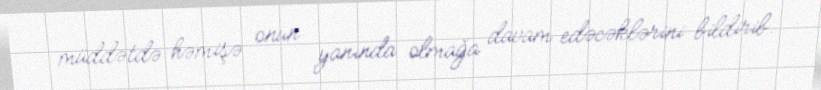
müddətdə həmişə onun yanında olmağa davam edəcəklərini bildirib.